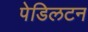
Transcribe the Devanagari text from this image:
पेडिलटन